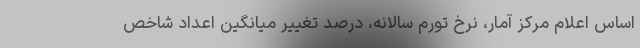
اساس اعلام مرکز آمار، نرخ تورم سالانه، درصد تغییر میانگین اعداد شاخص